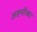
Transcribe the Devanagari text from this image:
अष्टमीका